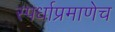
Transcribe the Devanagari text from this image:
स्पर्धाप्रमाणेच